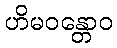
ဟိမဝန္တောဝ